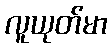
လူယုတ်မာ